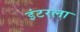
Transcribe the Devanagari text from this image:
इंटरला